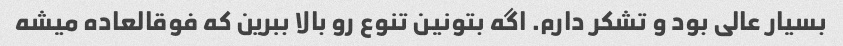
بسیار عالی بود و تشکر دارم. اگه بتونین تنوع رو بالا ببرین که فوقالعاده میشه